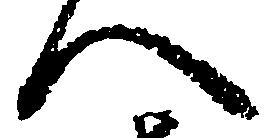
へ